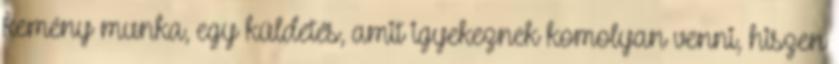
kemény munka, egy küldetés, amit igyekeznek komolyan venni, hiszen